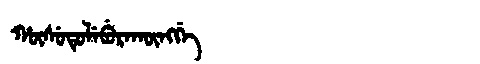
Manchu: ᡥᡡᠰᡠᡨᡠᠯᡝᠪᡠᡵᠠᡴᡡᠩᡤᡝ
Romanization: HŪSUTULEBURAKŪNGGE